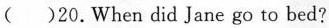
( )20.When did Jane go to bed?